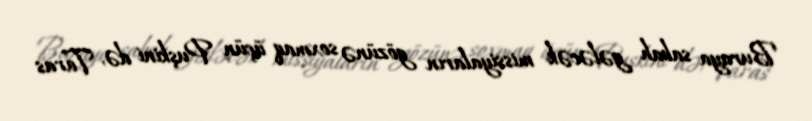
Buraya sabah gələcək missiyaların gözünə soxmaq üçün Puşkini də, Taras